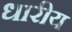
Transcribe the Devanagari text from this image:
धारीय